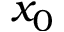
x _ { 0 }